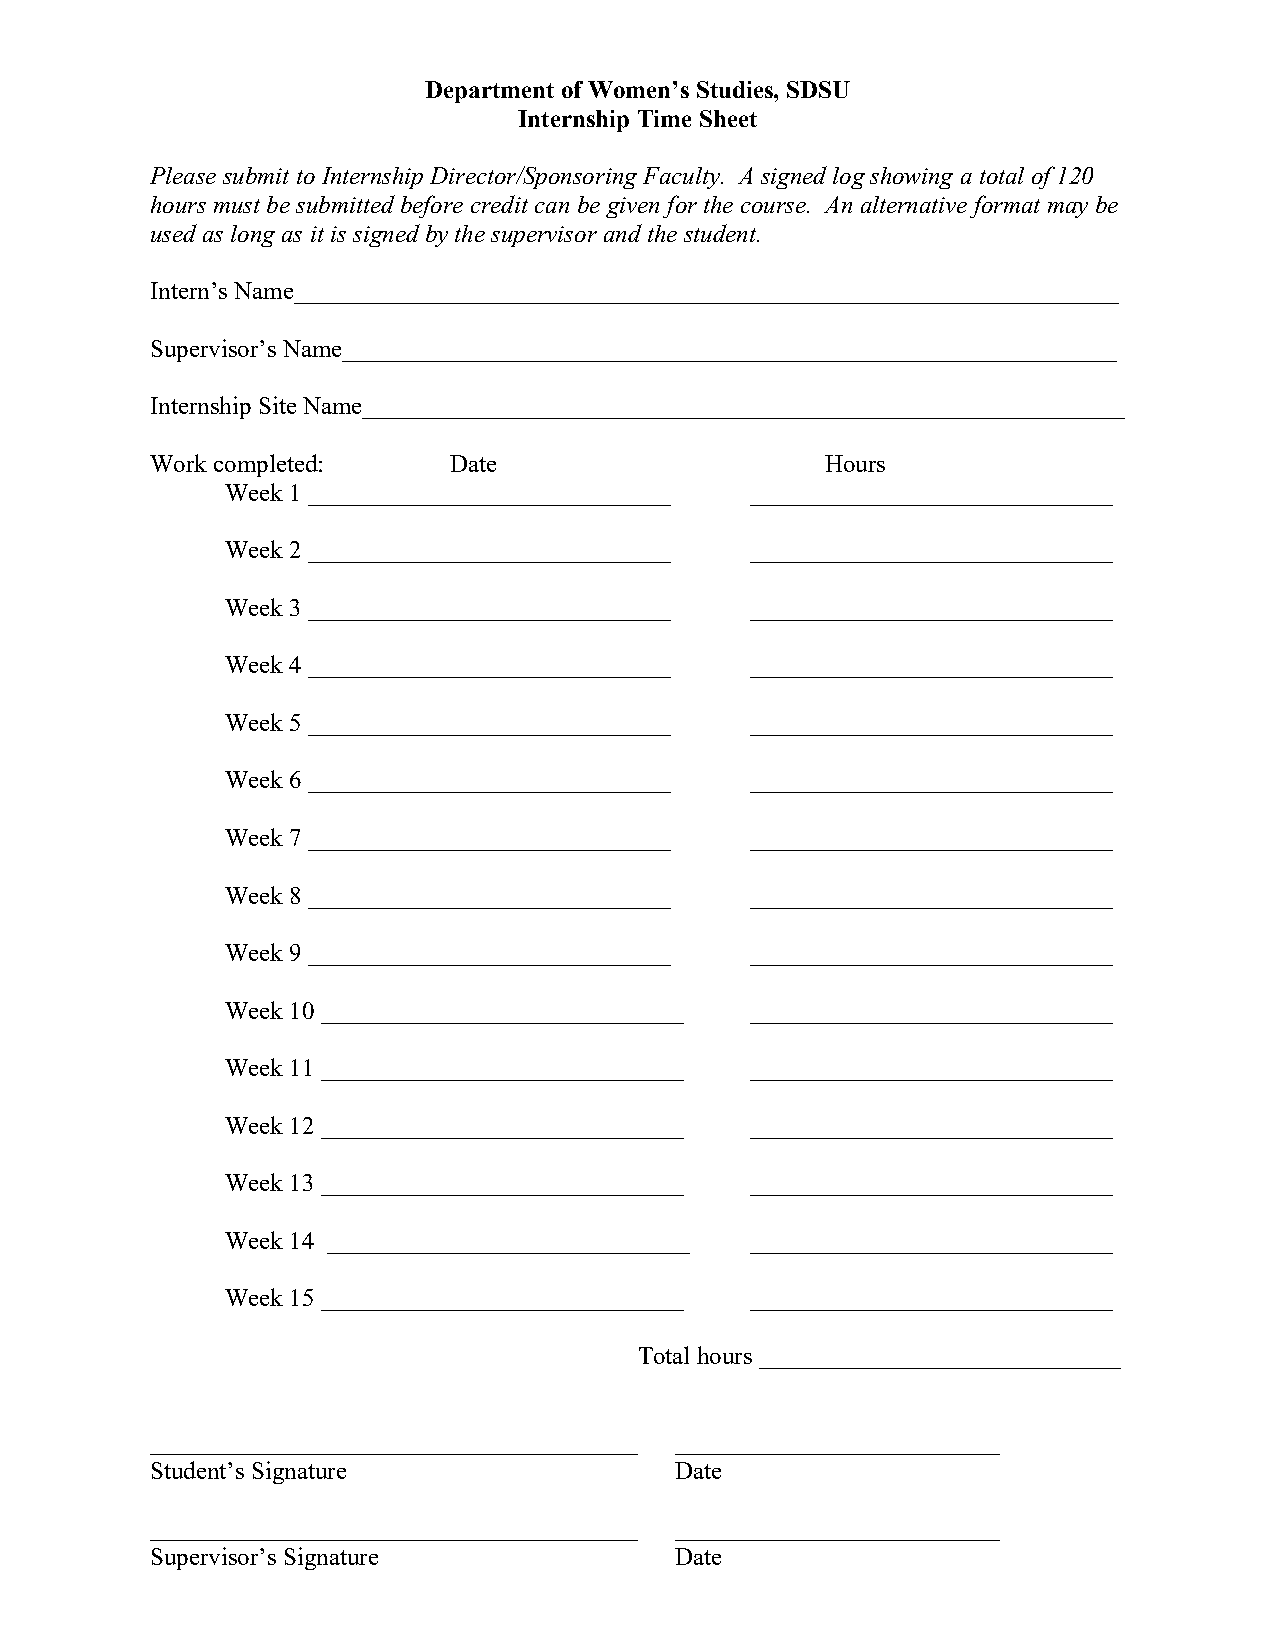
Department of Women’s Studies, SDSU
 Internship Time Sheet
 Please submit to Internship Director/Sponsoring Faculty. A signed log showing a total of 120
 hours must be submitted before credit can be given for the course. An alternative format may be
 used as long as it is signed by the supervisor and the student.
 Intern’s Name__________________________________________________________________
 Supervisor’s Name______________________________________________________________
 Internship Site Name_____________________________________________________________
 Work completed:     Date                     Hours
 Week 1 _____________________________ _____________________________
 Week 2 _____________________________ _____________________________
 Week 3 _____________________________ _____________________________
 Week 4 _____________________________ _____________________________
 Week 5 _____________________________ _____________________________
 Week 6 _____________________________ _____________________________
 Week 7 _____________________________ _____________________________
 Week 8 _____________________________ _____________________________
 Week 9 _____________________________ _____________________________
 Week 10 _____________________________ _____________________________
 Week 11 _____________________________ _____________________________
 Week 12 _____________________________ _____________________________
 Week 13 _____________________________ _____________________________
 Week 14 _____________________________ _____________________________
 Week 15 _____________________________ _____________________________
 Total hours _____________________________
 _______________________________________ __________________________
 Student’s Signature                Date
 _______________________________________ __________________________
 Supervisor’s Signature             Date